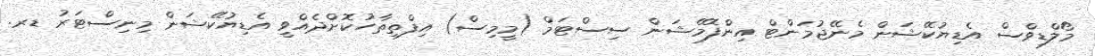
މޯލްޑިވްސް އެޑިޔުކޭޝަން މެނޭޖުމަންޓް އިންފޮމޭޝަން ސިސްޓަމް (މީމިސް) އިފްތިތާހުކޮށްދެއްވީ އެޑިޔުކޭޝަން މިނިސްޓަރު ޑރ.